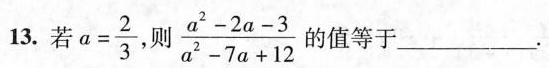
13.若 $$a = \frac{2}{3}$$ ，则 $$\frac{a^{2} - 2 a - 3}{a^{2} - 7 a + 1 2}$$的值等于 等于___.